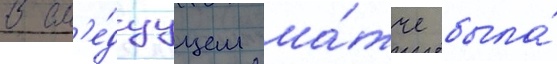
В сл'е́дуущем ма́тче была́